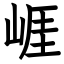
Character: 崕